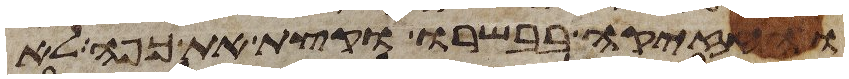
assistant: והחזיקה בבשרו וקצת את כפה לא